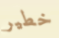
خطير